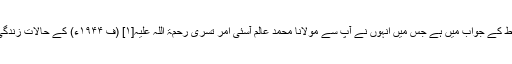
یہ خط حکیم صاحب قبلہ کے اس خط کے جواب میں ہے جس میں انہوں نے آپ سے مولانا محمد عالم آسئی امر تسری رحمۃ اللہ علیہ[۱] (ف ۱۹۴۴ء) کے حالاتِ زندگی و دیگر کوائف دریافت کیے تھے۔